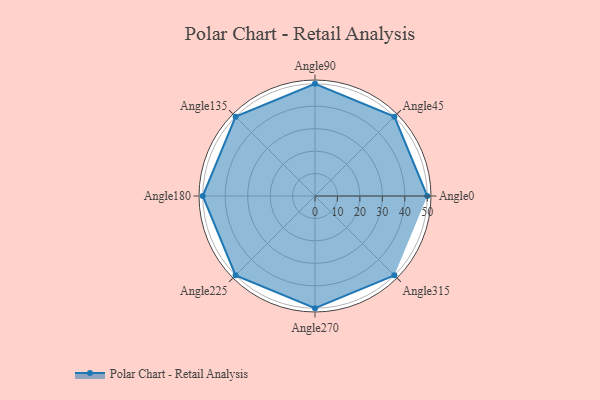
{"axis": {"x": "Angle", "y": "Radius"}, "legend": [""], "data": [{"x": "Angle0", "y": 50.0, "type": ""}, {"x": "Angle45", "y": 50, "type": ""}, {"x": "Angle90", "y": 50, "type": ""}, {"x": "Angle135", "y": 50, "type": ""}, {"x": "Angle180", "y": 50, "type": ""}, {"x": "Angle225", "y": 50, "type": ""}, {"x": "Angle270", "y": 50, "type": ""}, {"x": "Angle315", "y": 50, "type": ""}]}